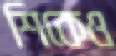
শিকেও